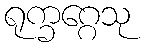
ရုက္ခဂ္ဂေသု